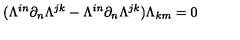
( \Lambda ^ { i n } \partial _ { n } \Lambda ^ { j k } - \Lambda ^ { i n } \partial _ { n } \Lambda ^ { j k } ) \Lambda _ { k m } = 0